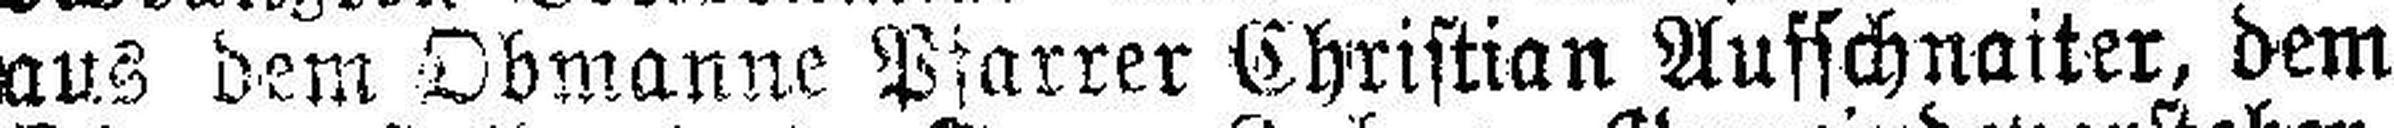
aus dem Obmanne Pfarrer Christian Aufschnaiter, dem